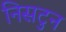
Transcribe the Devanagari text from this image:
निसटुन